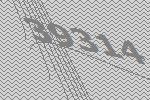
39314